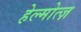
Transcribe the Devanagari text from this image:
हेल्मोत्ज़